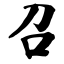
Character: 召